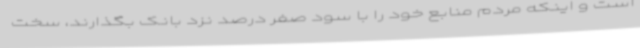
است و اینکه مردم منابع خود را با سود صفر درصد نزد بانک بگذارند، سخت